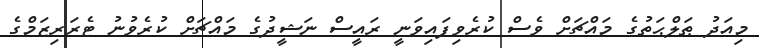
މިއަދު ޠަލްޙަތުގެ މައްޗަށް ވެސް ކުރެވިފައިވަނީ ރައީސް ނަޝީދުގެ މައްޗަށް ކުރެވުނު ޓެރަރިޒަމްގެ